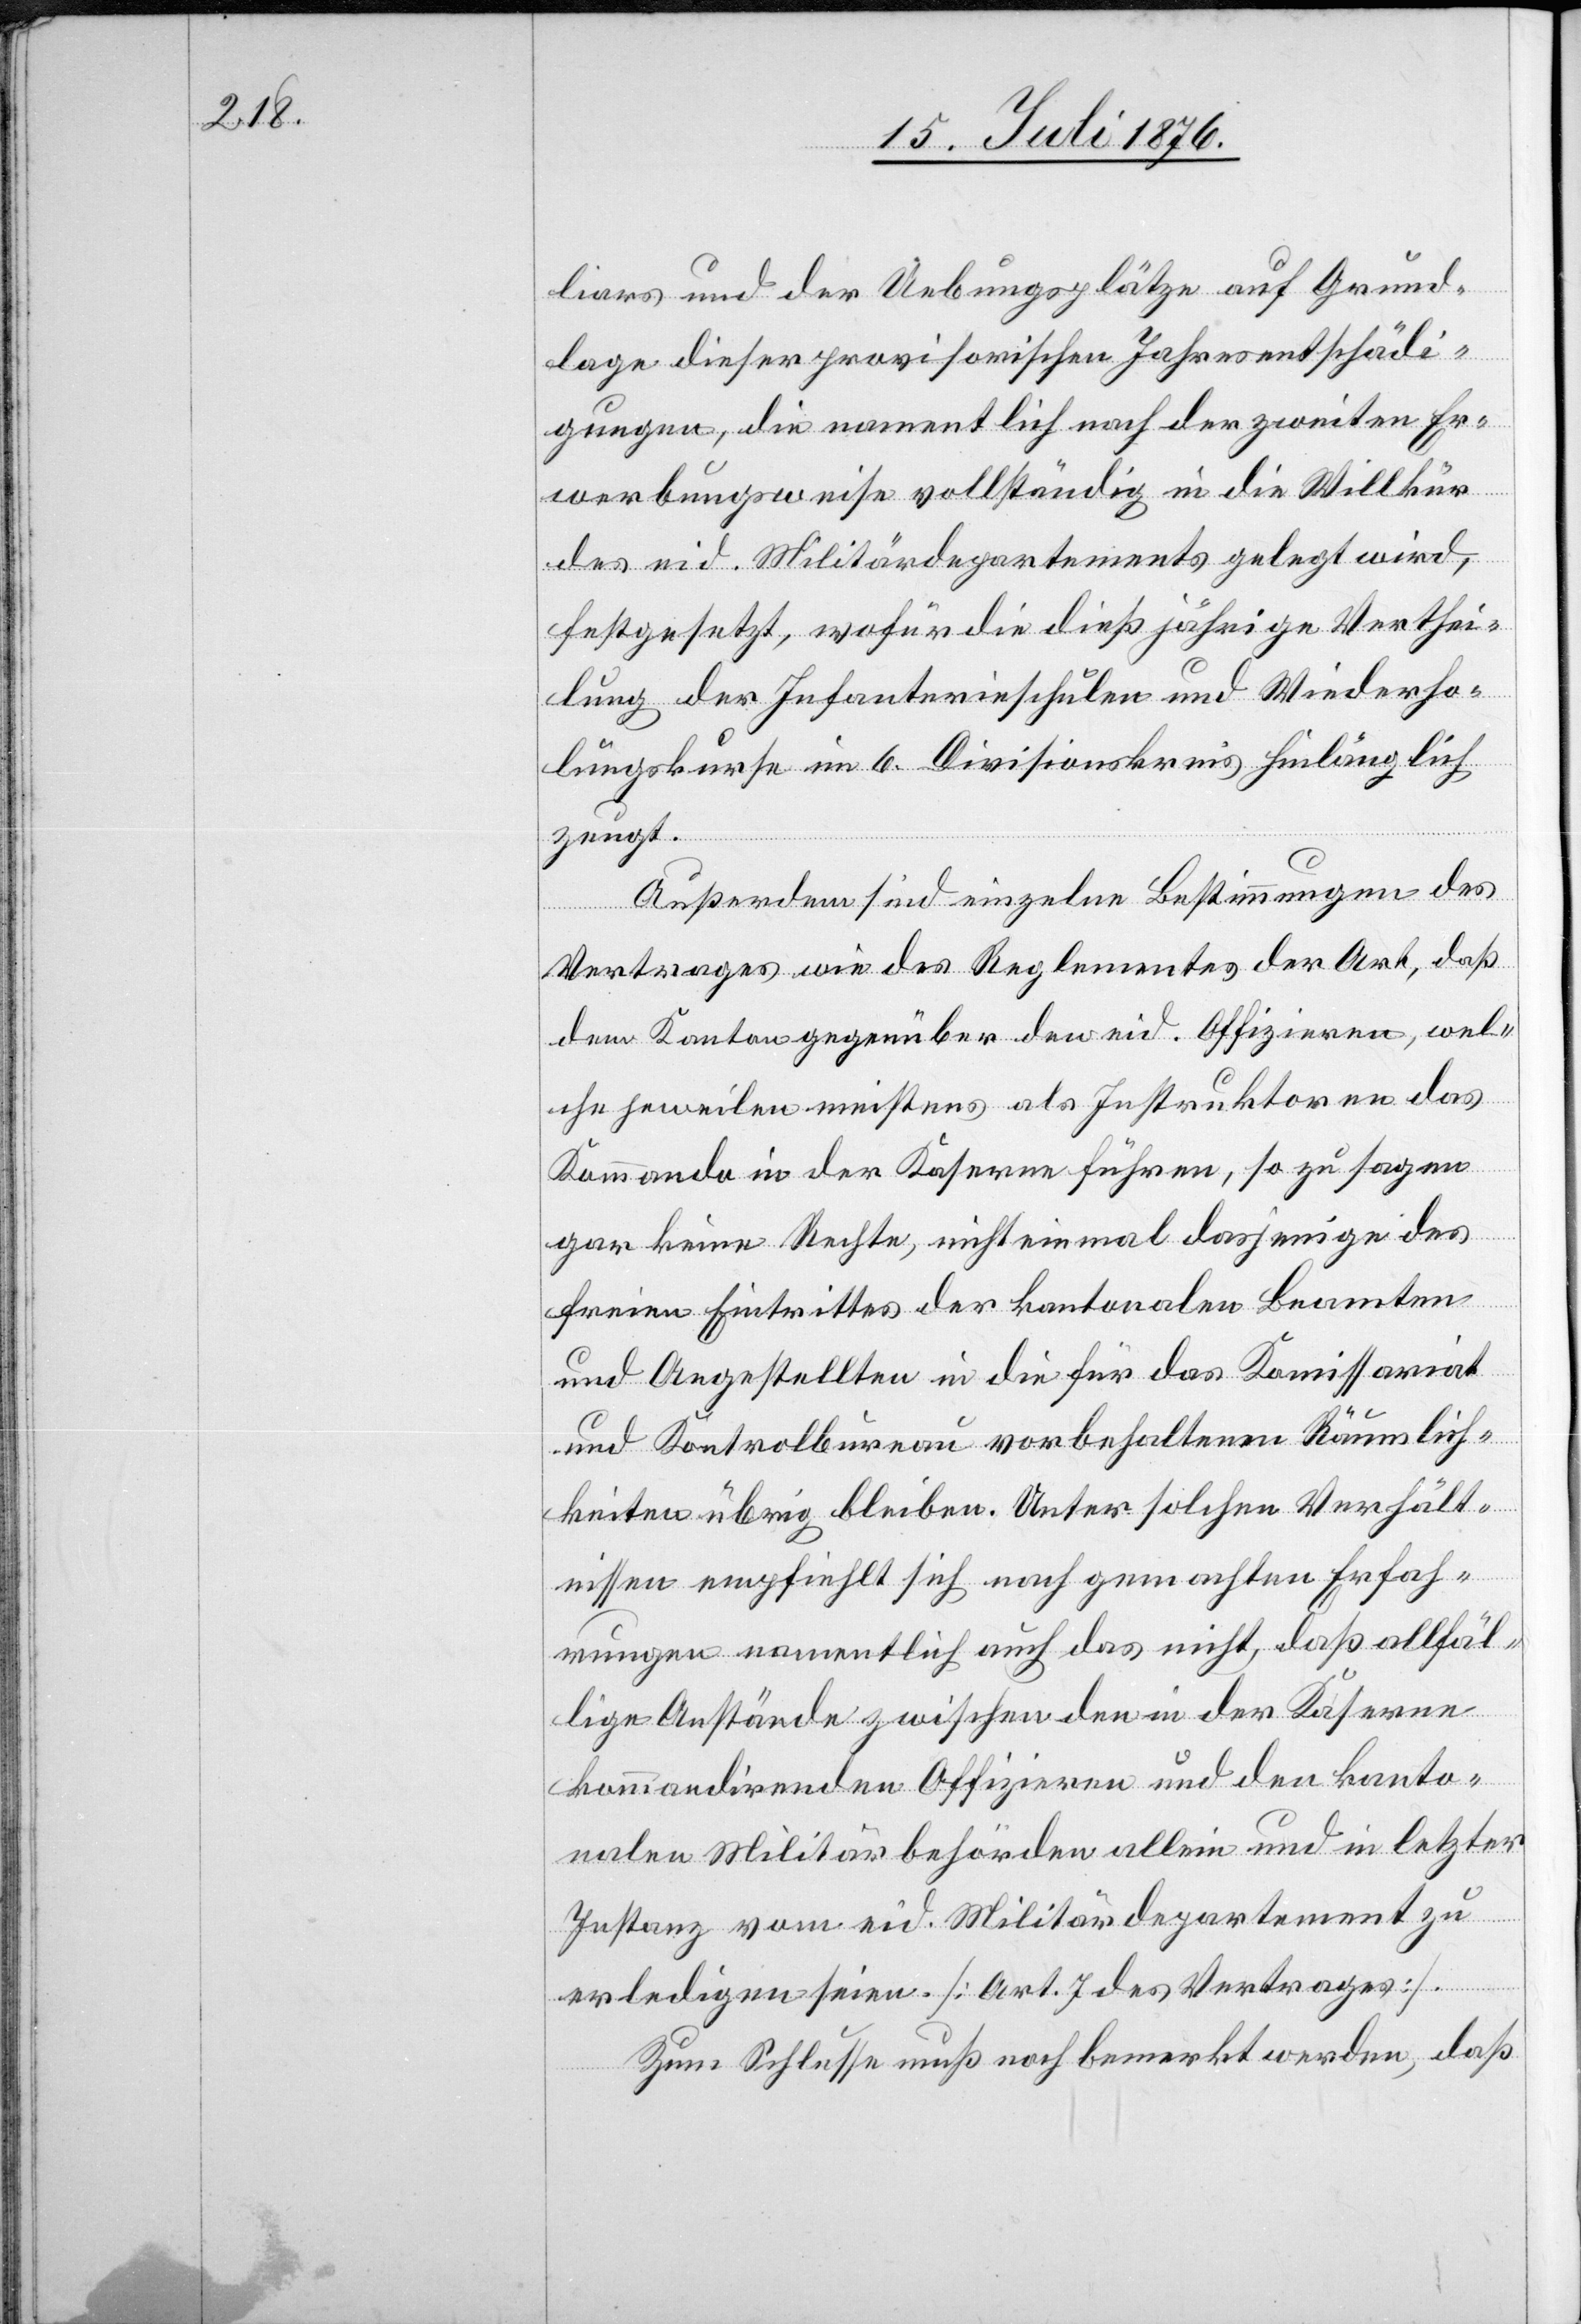
liars und der Uebungsplätze auf Grund¬
lage dieser provisorischen Jahresentschädi¬
gungen, die namentlich nach der zweiten Er¬
werbungsweise vollständig in die Willkür
des eid. Militärdepartements gelegt wird,
festgesetzt, wofür die dießjährige Verthei¬
lung der Infanterieschulen und Wiederho¬
lungskurse im 6. Divisionskreis hinlänglich
zeugt.
Außerdem sind einzelne Bestimmungen des
Vertrages wie des Reglementes der Art, daß
dem Kanton gegenüber den eid. Offizieren, wel¬
che heweilen [sic!] meistens als Instruktoren das
Kommando in der Kaserne führen, so zu sagen
gar keine Rechte, nicht einmal dasjenige des
freien Eintrittes der kantonalen Beamten
und Angestellten in die für das Kommissariat
und Kontrollbureau vorbehaltenen Räumlich¬
keiten übrig bleiben. Unter solchen Verhält¬
nissen empfiehlt sich nach gemachten Erfah¬
rungen namentlich auch das nicht, daß allfäl¬
lige Anstände zwischen den in der Kaserne
kommandirenden Offizieren und den kanto¬
nalen Militärbehörden allein und in letzter
Instanz vom eid. Militärdepartement zu
erledigen seien. [Art.7 des Vertrages].
Zum Schlusse muß noch bemerkt werden, daß